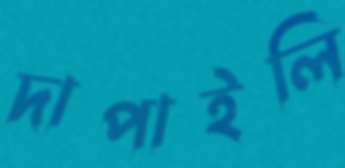
দাপাইলি